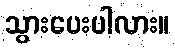
သွားပေးပါလား။